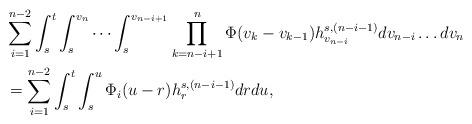
LaTeX: \begin{align*}&\sum_{i=1}^{n-2} \int_s^t \int_s^{v_n} \cdots \int_s^{v_{n-i+1}} \prod_{k=n-i+1}^{n} \Phi(v_k-v_{k-1}) h_{v_{n-i}}^{s,(n-i-1)} dv_{n-i} \ldots dv_n \\&=\sum_{i=1}^{n-2} \int_s^t \int_s^{u} \Phi_i(u-r) h_{r}^{s,(n-i-1)} dr du,\end{align*}